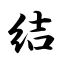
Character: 结